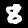
Label: 8